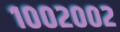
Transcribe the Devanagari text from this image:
१००२००२